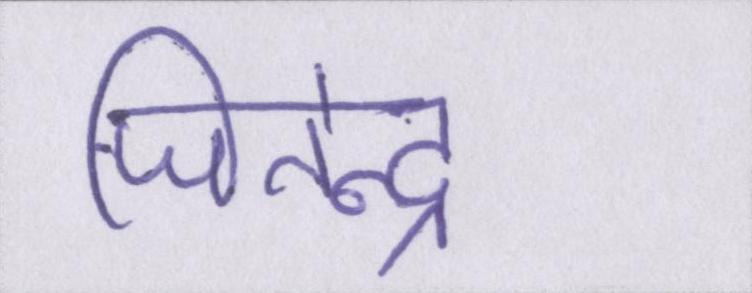
जितेन्द्र